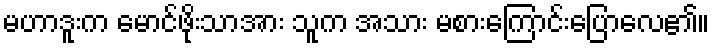
မဟာဒူးက မောင်ဖိုးသာအား သူက အသား မစားကြောင်းပြောလေ၏။